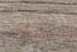
النماذج